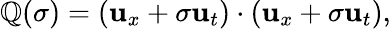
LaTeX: \mathbb{Q}(\sigma)=(\textbf{{u}}_{x}+\sigma\textbf{{u}}_{t})\cdot(\textbf{{u}}_{x}+\sigma\textbf{{u}}_{t}),